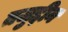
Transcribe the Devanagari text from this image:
तजुद्दीन